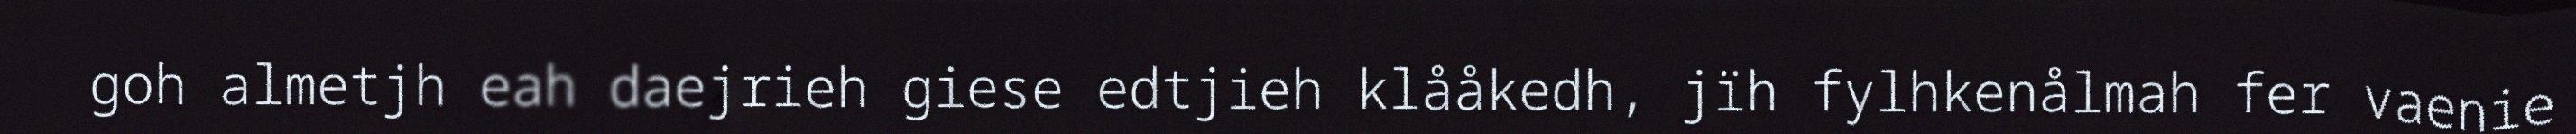
goh almetjh eah daejrieh giese edtjieh klååkedh, jïh fylhkenålmah fer vaenie